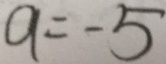
a = - 5